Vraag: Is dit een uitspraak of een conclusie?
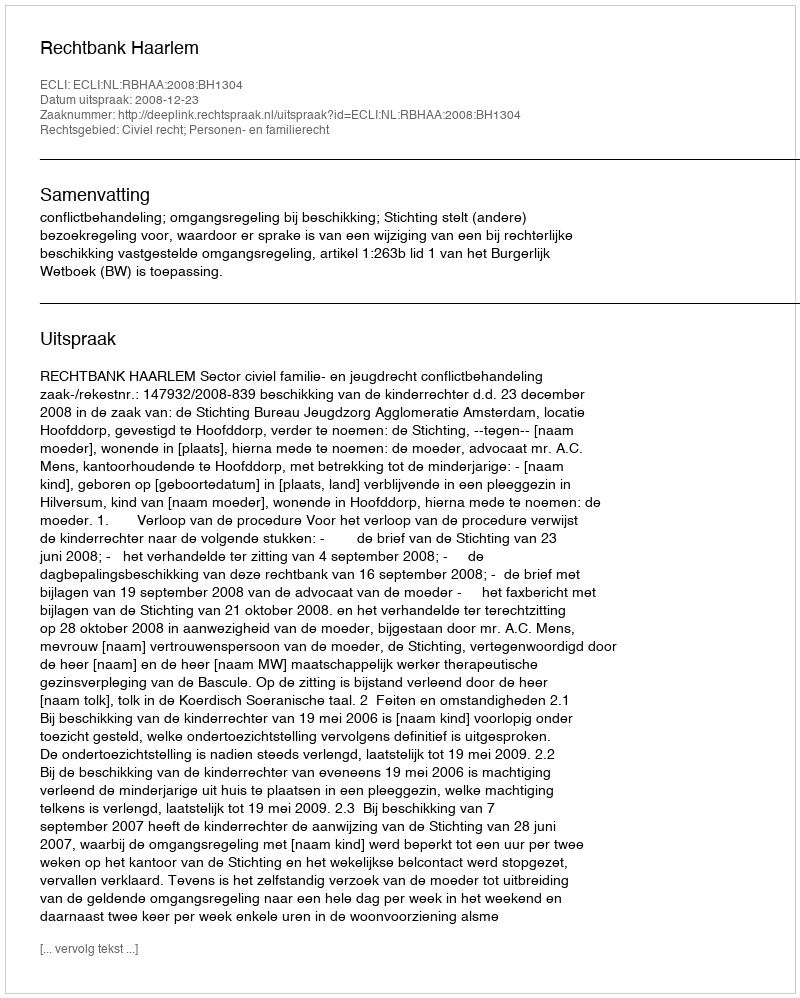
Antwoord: Uitspraak